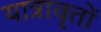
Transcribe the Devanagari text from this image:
यात्रावृत्तों